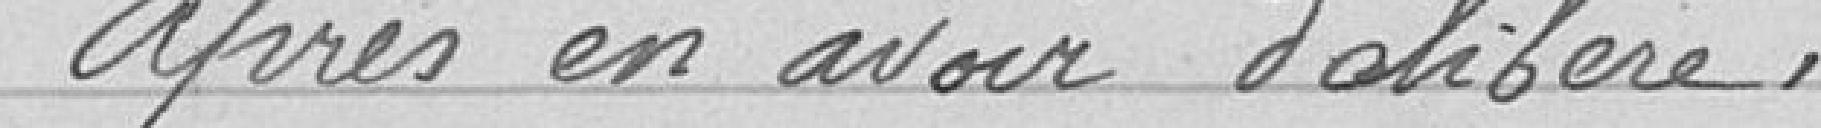
Après en avoir délibéré,